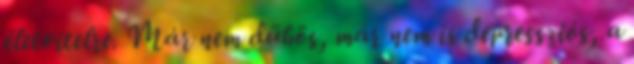
életvitelre. Már nem dühös, már nem is depressziós, a